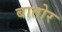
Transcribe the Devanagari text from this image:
बातोर